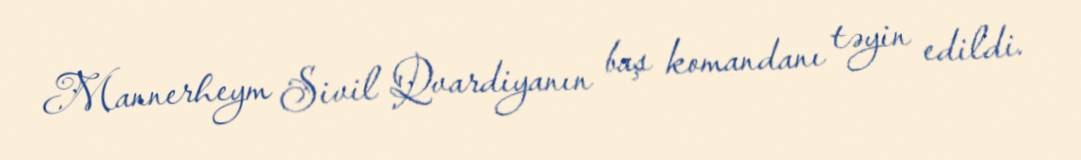
Mannerheym Sivil Qvardiyanın baş komandanı təyin edildi.